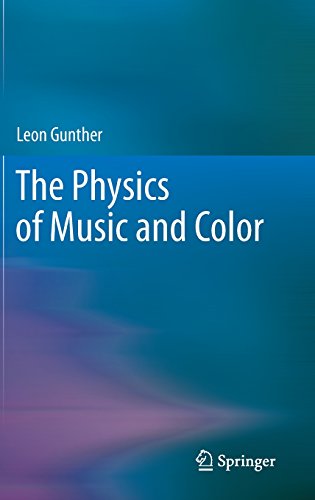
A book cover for The Physics of Music and Color; Leon Gunther; Science & Math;